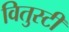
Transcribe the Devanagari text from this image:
वितुस्टी